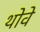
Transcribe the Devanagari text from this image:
थोवे